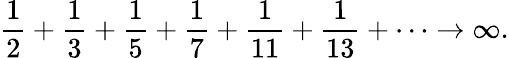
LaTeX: {\frac{1}{2}}+{\frac{1}{3}}+{\frac{1}{5}}+{\frac{1}{7}}+{\frac{1}{11}}+{\frac{1}{13}}+\cdots\rightarrow\infty.